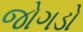
જોગડો